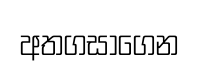
අතගසාගෙන